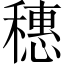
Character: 穗